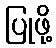
ပြုဖို့